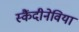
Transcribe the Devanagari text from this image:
स्कैंदीनेविया